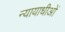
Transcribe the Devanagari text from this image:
न्यायाधीओं